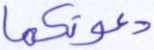
دعوتكما